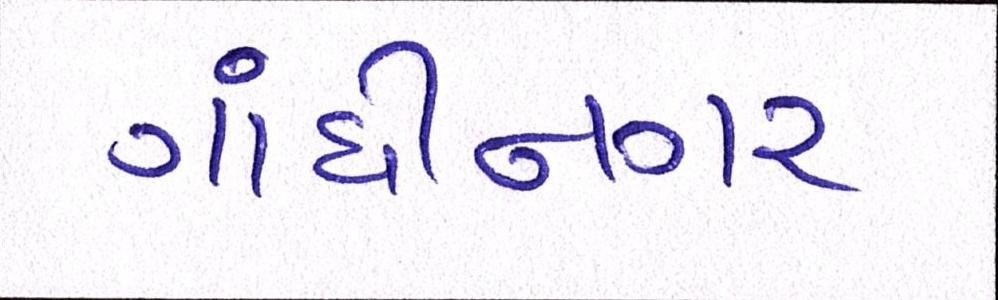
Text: ગાંધીનગર